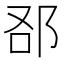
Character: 𨚨